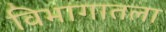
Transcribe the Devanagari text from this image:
विभागातला